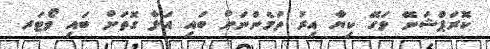
ކޮރަޕްޝަނޭ ވަގޭ ކިޔާ އިރު ތަމެންނަށް ބައި އަޅާ ގޮތަށް ބައި ވޯޓަރ